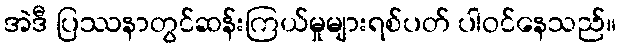
အဲဒီ ပြဿနာတွင်ဆန်းကြယ်မှုများရစ်ပတ် ပါဝင်နေသည်။